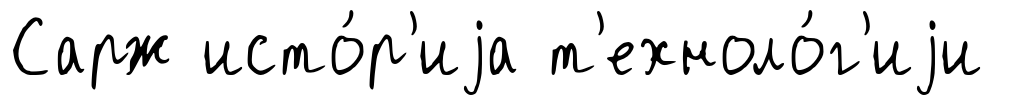
Сарж исто́р'иjа т'ехноло́г'иjи